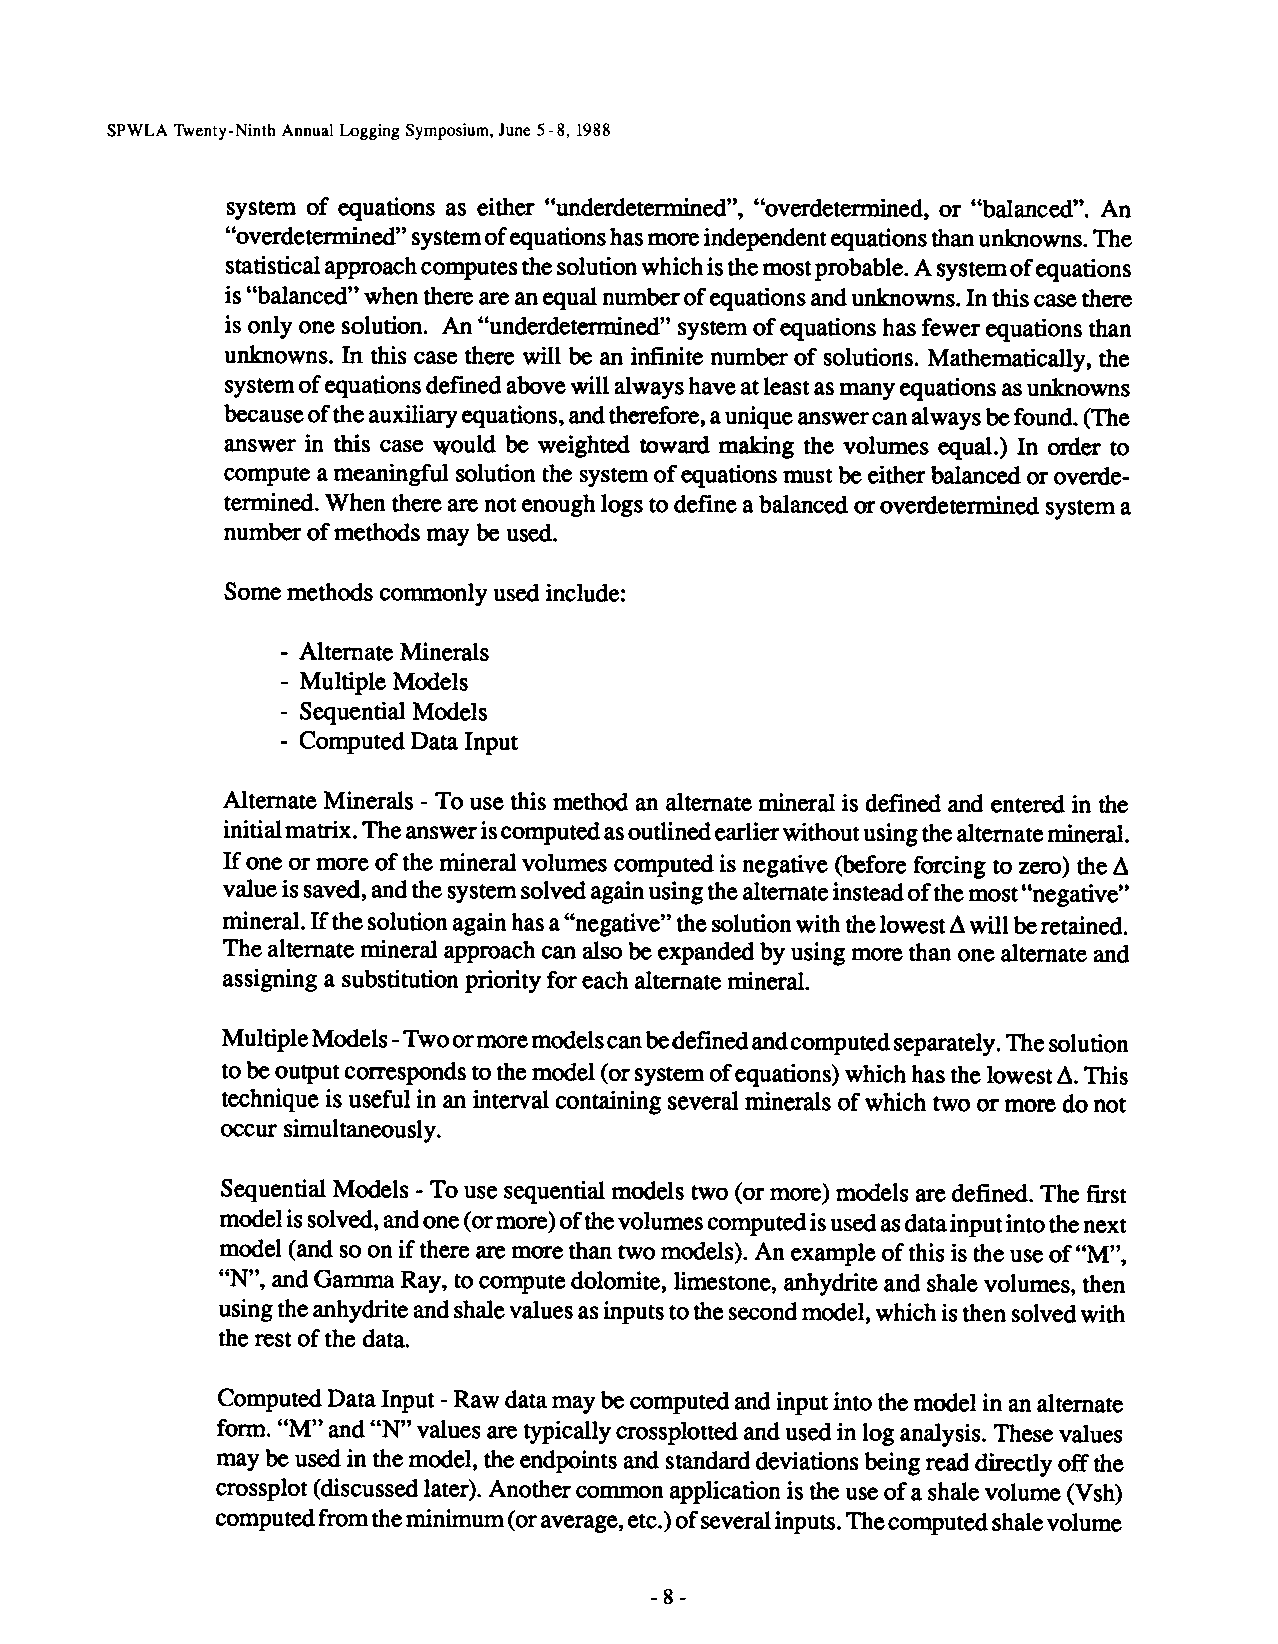
SPWLA Twenty-Ninth AnnualLogging Symposium,June5-8, 1988
 system of equations as either “underdetermined”, “overdetermined, or “balanced”. An
 “overdetermined” systemofequations hasmoreindependent equations thanunknowns. The
 statistical approach computes thesolution whichisthemostprobable. Asystemofequations
 is“balanced” when there areanequal number ofequations and unknowns. Inthis case there
 is only one solution. An “underdetermined” system of equations has fewer equations than
 unknowns. In this case there will be an infinite number of solutions. Mathematically, the
 system ofequations defined abovewill always have atleastasmany equations asunknowns
 because oftheauxiliary equations, andtherefore, aunique answercan always befound. (The
 answer in this case Would be weighted toward making the volumes equal.) In order to
 compute ameaningful solution the system of equations must be either balanced or overde-
 termined. When there are not enough logs todefine abalanced or overdetermined system a
 number of methods may be used.
 Some methods commonly used include:
 - Alternate Minerals
 - Multiple Models
 - Sequential Models
 - Computed Data Input
 Alternate Minerals - To use this method an alternate mineral is defined and entered in the
 initialmatrix. The answeriscomputed asoutlined earlier without usingthealternate mineral.
 If one or more of the mineral volumes computed is negative (before forcing to zero) the A
 value issaved, andthesystem solved againusingthealternate instead ofthemost“negative”
 mineral. Ifthesolution againhasa“negative” thesolutionwiththelowest Awill beretained.
 The alternate mineral approach can also be expanded by using more than one alternate and
 assigning a substitution priority for each alternate mineral.
 Multiple Models -Twoormore modelscanbedefinedandcomputed separately. Thesolution
 tobeoutput corresponds tothe model (orsystem ofequations) which hasthe lowest A.This
 technique is useful in an interval containing several minerals of which two or more do not
 occur simultaneously.
 Sequential Models -To use sequential models two (or more) models are defined. The first
 modelissolved, andone(ormore)ofthevolumes computed isusedasdatainputintothenext
 model (and soon ifthere aremore than two models). An example of this is the use of “M’,
 “N’, and Gamma Ray, tocompute dolomite, limestone, anhydrite and shale volumes, then
 using theanhydrite andshalevalues asinputs tothesecond model, which isthen solvedwith
 the rest of the data.
 Computed Data Input -Raw data may becomputed andinput into the model inanalternate
 form. “M’ and“N’ values are typically crossplotted and used in log analysis. These values
 may be used inthe model, the endpoints and standard deviations being read directly off the
 crossplot (discussed later). Another common application is the useof a shale volume (Vsh)
 computed fromtheminimum (oraverage, etc.)ofseveralinputs. Thecomputed shalevolume
 -8-